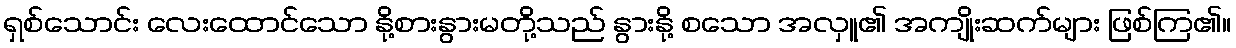
ရှစ်သောင်း လေးထောင်သော နို့စားနွားမတို့သည် နွားနို့ စသော အလှူ၏ အကျိုးဆက်များ ဖြစ်ကြ၏။